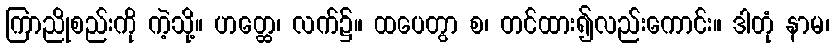
ကြာညိုစည်းကို ကဲ့သို့။ ဟတ္ထေ၊ လက်၌။ ထပေတွာ စ၊ တင်ထား၍လည်းကောင်း။ ဒါတုံ နာမ၊